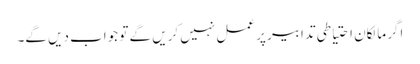
اگر مالکان احتیاطی تدابیر پر عمل نہیں کریں گے تو جواب دیں گے۔